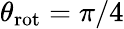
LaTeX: \theta_{\textrm{rot}}=\pi/4